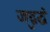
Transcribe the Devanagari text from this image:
जद्बुद्धे